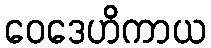
ဝေဒေဟိကာယ